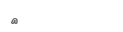
٩